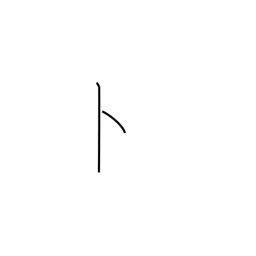
Meaning: divining